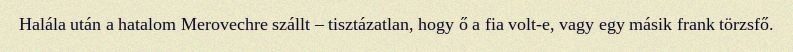
Halála után a hatalom Merovechre szállt – tisztázatlan, hogy ő a fia volt-e, vagy egy másik frank törzsfő.